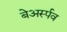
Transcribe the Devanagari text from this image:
बेअर्स्पव